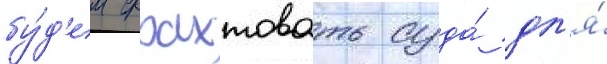
бу́д'ем фрахтовать суда́ дл'я́